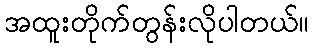
အထူးတိုက်တွန်းလိုပါတယ်။